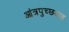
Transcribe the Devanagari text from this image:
आंत्रपुच्छदाह